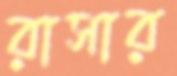
রাসার